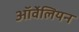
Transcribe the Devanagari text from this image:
ऑर्वेलियन